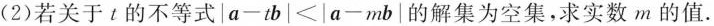
(2)若关于t的不等式 $$\left | a - t b \right | < \left | a - m b \right |$$ 的解集为空集，求实数m的值.